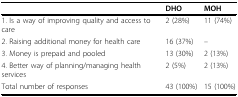
<table><thead><tr><td></td><td><b>DHO</b></td><td><b>MOH</b></td></tr></thead><tbody><tr><td>1. Is a way of improving quality and access to care</td><td>2 (28%)</td><td>11 (74%)</td></tr><tr><td>2. Raising additional money for health care</td><td>16 (37%)</td><td>--</td></tr><tr><td>3. Money is prepaid and pooled</td><td>13 (30%)</td><td>2 (13%)</td></tr><tr><td>4. Better way of planning/managing health services</td><td>2 (5%)</td><td>2 (13%)</td></tr><tr><td>Total number of responses</td><td>43 (100%)</td><td>15 (100%)</td></tr></tbody></table>